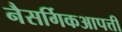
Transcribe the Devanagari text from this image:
नैसर्गिकआपत्ती